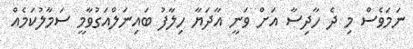
ނަމަވެސް މި ދެ ހާދިސާ އަށް ވަނީ އާދަޔާ ހިލާފު ބައިނަލްއަގުވާމީ ސަމާލުކަމެއް